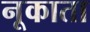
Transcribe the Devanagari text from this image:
नूकाता